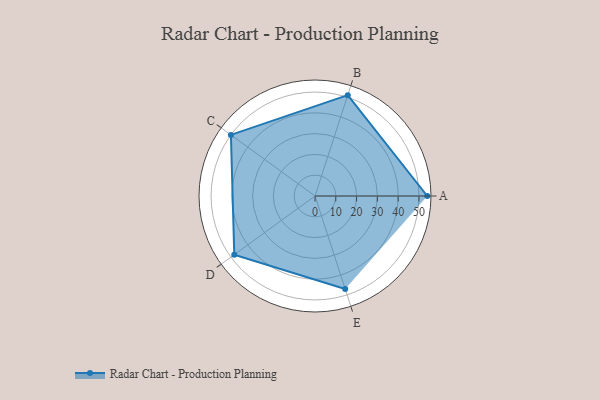
{"axis": {"x": "Skill", "y": "Score"}, "legend": ["Profile"], "data": [{"x": "A", "y": 54.0, "type": "Profile"}, {"x": "B", "y": 51.0, "type": "Profile"}, {"x": "C", "y": 50.0, "type": "Profile"}, {"x": "D", "y": 48.0, "type": "Profile"}, {"x": "E", "y": 47.0, "type": "Profile"}]}